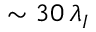
\sim 3 0 \, \lambda _ { I }